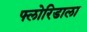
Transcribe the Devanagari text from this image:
फ्लोरिडाला